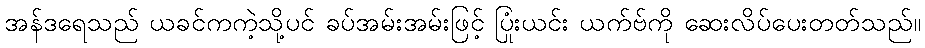
အန်ဒရေသည် ယခင်ကကဲ့သို့ပင် ခပ်အမ်းအမ်းဖြင့် ပြုံးယင်း ယက်ဗ်ကို ဆေးလိပ်ပေးတတ်သည်။